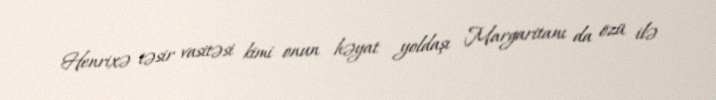
Henrixə təsir vasitəsi kimi onun həyat yoldaşı Margaritanı da özü ilə